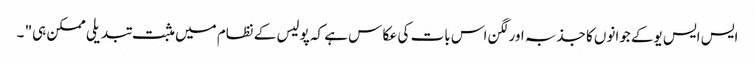
ایس ایس یوکے جوانوں کا جذبہ اور لگن اس بات کی عکا س ہے کہ پولیس کے نظام میں مثبت تبدیلی ممکن ہی" ۔